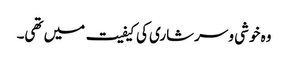
وہ خوشی و سرشاری کی کیفیت میں تھی۔